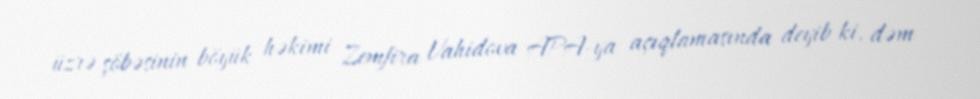
üzrə şöbəsinin böyük həkimi Zemfira Vahidova APA-ya açıqlamasında deyib ki, dəm